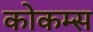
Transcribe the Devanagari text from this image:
कोकम्स